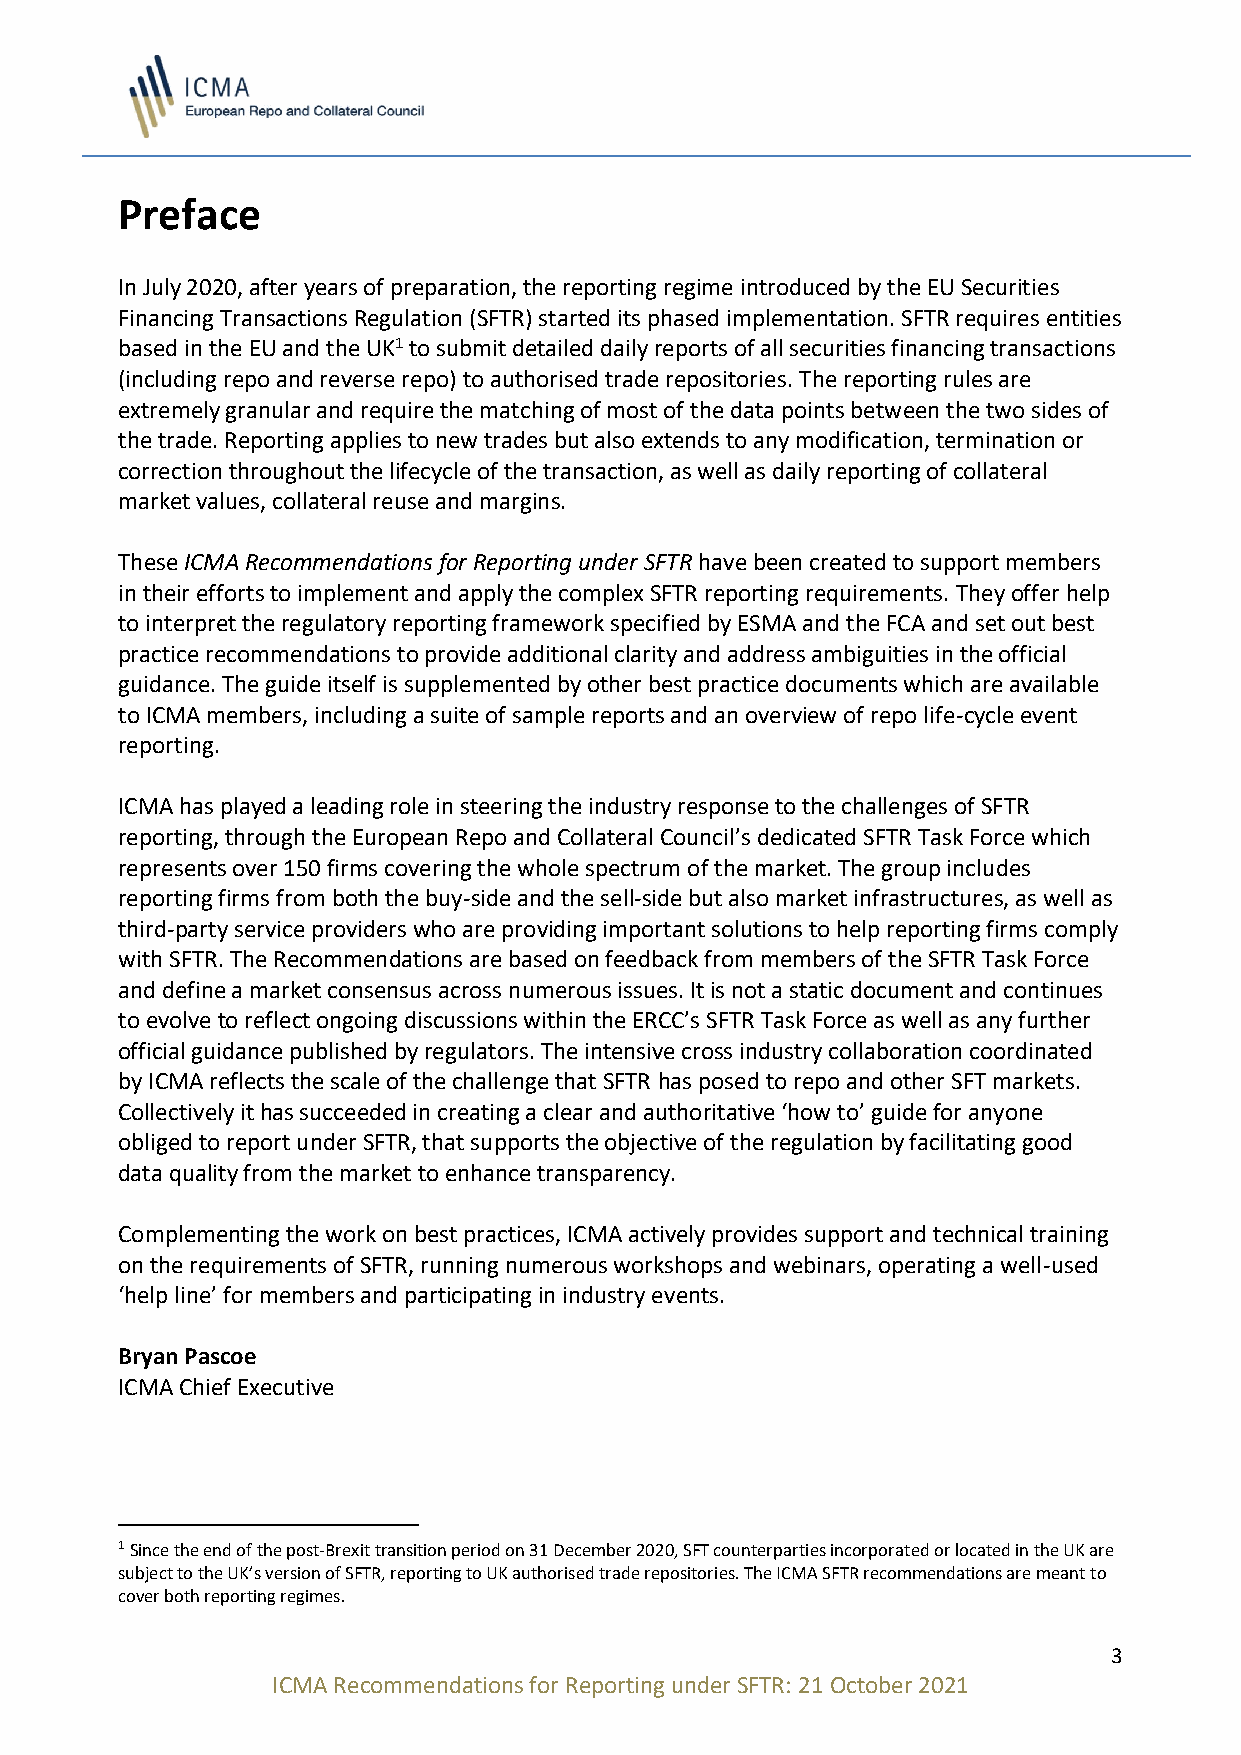
Preface
 In July 2020, after years of preparation, the reporting regime introduced by the EU Securities
 Financing Transactions Regulation (SFTR) started its phased implementation. SFTR requires entities
 based in the EU and the UK1 to submit detailed daily reports of all securities financing transactions
 (including repo and reverse repo) to authorised trade repositories. The reporting rules are
 extremely granular and require the matching of most of the data points between the two sides of
 the trade. Reporting applies to new trades but also extends to any modification, termination or
 correction throughout the lifecycle of the transaction, as well as daily reporting of collateral
 market values, collateral reuse and margins.
 These ICMA Recommendations for Reporting under SFTR have been created to support members
 in their efforts to implement and apply the complex SFTR reporting requirements. They offer help
 to interpret the regulatory reporting framework specified by ESMA and the FCA and set out best
 practice recommendations to provide additional clarity and address ambiguities in the official
 guidance. The guide itself is supplemented by other best practice documents which are available
 to ICMA members, including a suite of sample reports and an overview of repo life-cycle event
 reporting.
 ICMA has played a leading role in steering the industry response to the challenges of SFTR
 reporting, through the European Repo and Collateral Council’s dedicated SFTR Task Force which
 represents over 150 firms covering the whole spectrum of the market. The group includes
 reporting firms from both the buy-side and the sell-side but also market infrastructures, as well as
 third-party service providers who are providing important solutions to help reporting firms comply
 with SFTR. The Recommendations are based on feedback from members of the SFTR Task Force
 and define a market consensus across numerous issues. It is not a static document and continues
 to evolve to reflect ongoing discussions within the ERCC’s SFTR Task Force as well as any further
 official guidance published by regulators. The intensive cross industry collaboration coordinated
 by ICMA reflects the scale of the challenge that SFTR has posed to repo and other SFT markets.
 Collectively it has succeeded in creating a clear and authoritative ‘how to’ guide for anyone
 obliged to report under SFTR, that supports the objective of the regulation by facilitating good
 data quality from the market to enhance transparency.
 Complementing the work on best practices, ICMA actively provides support and technical training
 on the requirements of SFTR, running numerous workshops and webinars, operating a well-used
 ‘help line’ for members and participating in industry events.
 Bryan Pascoe
 ICMA Chief Executive
 1 Since the end of the post-Brexit transition period on 31 December 2020, SFT counterparties incorporated or located in the UK are
 subject to the UK’s version of SFTR, reporting to UK authorised trade repositories. The ICMA SFTR recommendations are meant to
 cover both reporting regimes.
 3
 ICMA Recommendations for Reporting under SFTR: 21 October 2021